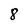
Character: 8